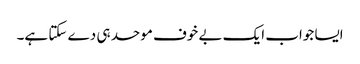
ایسا جواب ایک بے خوف موحد ہی دے سکتا ہے۔